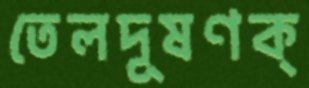
তেলদূষণক্